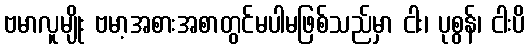
ဗမာလူမျိုး ဗမာ့အစားအစာတွင်မပါမဖြစ်သည်မှာ ငါး၊ ပုစွန်၊ ငါးပိ